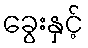
ခွေးနှင့်